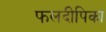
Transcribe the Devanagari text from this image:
फलदीपिका